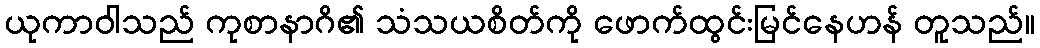
ယုကာဝါသည် ကုစာနာဂိ၏ သံသယစိတ်ကို ဖောက်ထွင်းမြင်နေဟန် တူသည်။